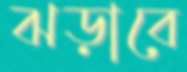
ঝড়াবে